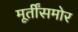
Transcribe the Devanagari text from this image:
मूर्तींसमोर